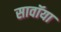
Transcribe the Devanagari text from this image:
सावॉया